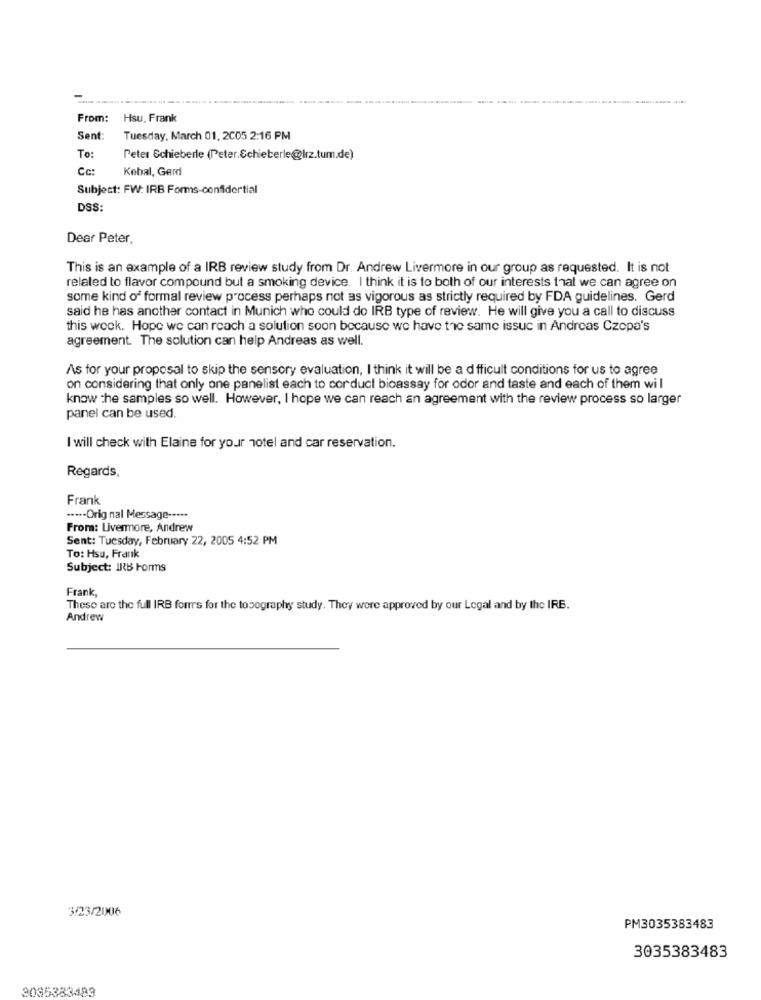
From:
Hsu, Frank
Sent:
Tuesday, March 01, 2005 2:16 PM
To:
Peter Schieberle (Peter.Schieberle@lrz.tum.de)
Cc:
Kebal, Gerd
Subject: FW: IRB Forms-confidential
DSS:
Dear Peter,
This is an example of a IRB review study from Dr. Andrew Livermore in our group as requested. It is not
related to flavor compound but a smoking device. I think it is to both of our interests that we can agree on
some kind of formal review process perhaps not as vigorous as strictly required by FDA guidelines. Gerd
said he has another contact in Munich who could do IRB type of review. He will give you a call to discuss
this week. Hope we can reach a solution soon because we have the same issue in Andreas Czepa's
agreement. The solution can help Andreas as well.
As for your proposal to skip the sensory evaluation, I think it will be a difficult conditions for us to agree
on considering that only one panelist each to corduct bioassay for odor and taste and each of them will
know the samples so well. However, I hope we can reach an agreement with the review process so larger
panel can be used.
I will check with Elaine for your hotel and car reservation.
Regards,
Frank
····- Orig nal Message -....
From: Livermore, Andrew
Sent: Tuesday, February 22, 2005 4:52 PM
To: Hsu, Frank
Subject: IRB Forms
Frank,
These are the full IRB forrrs for the topography study. They were approved by our Legal and by the IRB.
Andrew
3/23/2006
PM3035383483
3035383483
3085383483